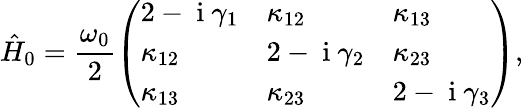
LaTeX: \hat{H}_{0}=\frac{\omega_{0}}{2}\left(\begin{array}{lll}{2-\mathrm{~i~}\gamma_{1}}&{\kappa_{12}}&{\kappa_{13}}\\ {\kappa_{12}}&{2-\mathrm{~i~}\gamma_{2}}&{\kappa_{23}}\\ {\kappa_{13}}&{\kappa_{23}}&{2-\mathrm{~i~}\gamma_{3}}\end{array}\right),